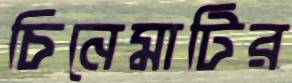
চিনেমাটির